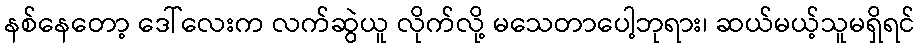
နစ်နေတော့ ဒေါ်လေးက လက်ဆွဲယူ လိုက်လို့ မသေတာပေါ့ဘုရား၊ ဆယ်မယ့်သူမရှိရင်